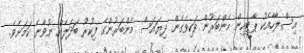
އިސްލާހާއެކު ޕާޓީއިން މެންބަރުން ވަކިވެގެން ދިޔައަސް މެންބަރުންގެ ފިކުރު ބަދަލެއް ނުވާނެ ކަމަށެވެ.